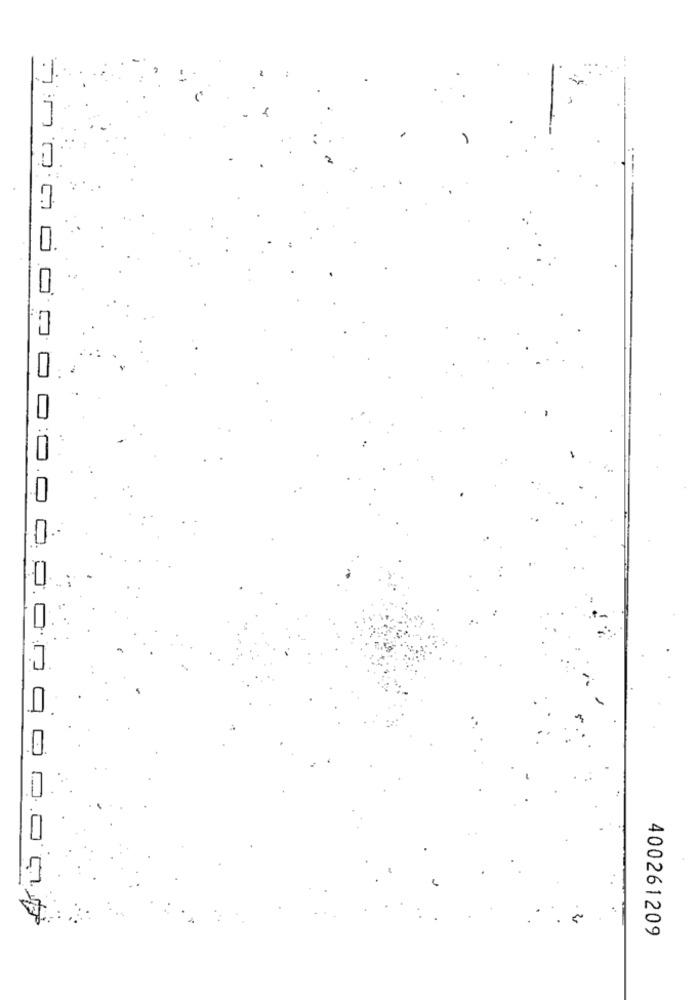
باب .99.0
0
000
400261209